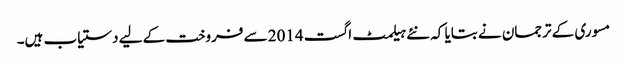
مسوری کے ترجمان نے بتایا کہ نئے ہیلمٹ اگست 2014 سے فروخت کے لیے دستیاب ہیں۔